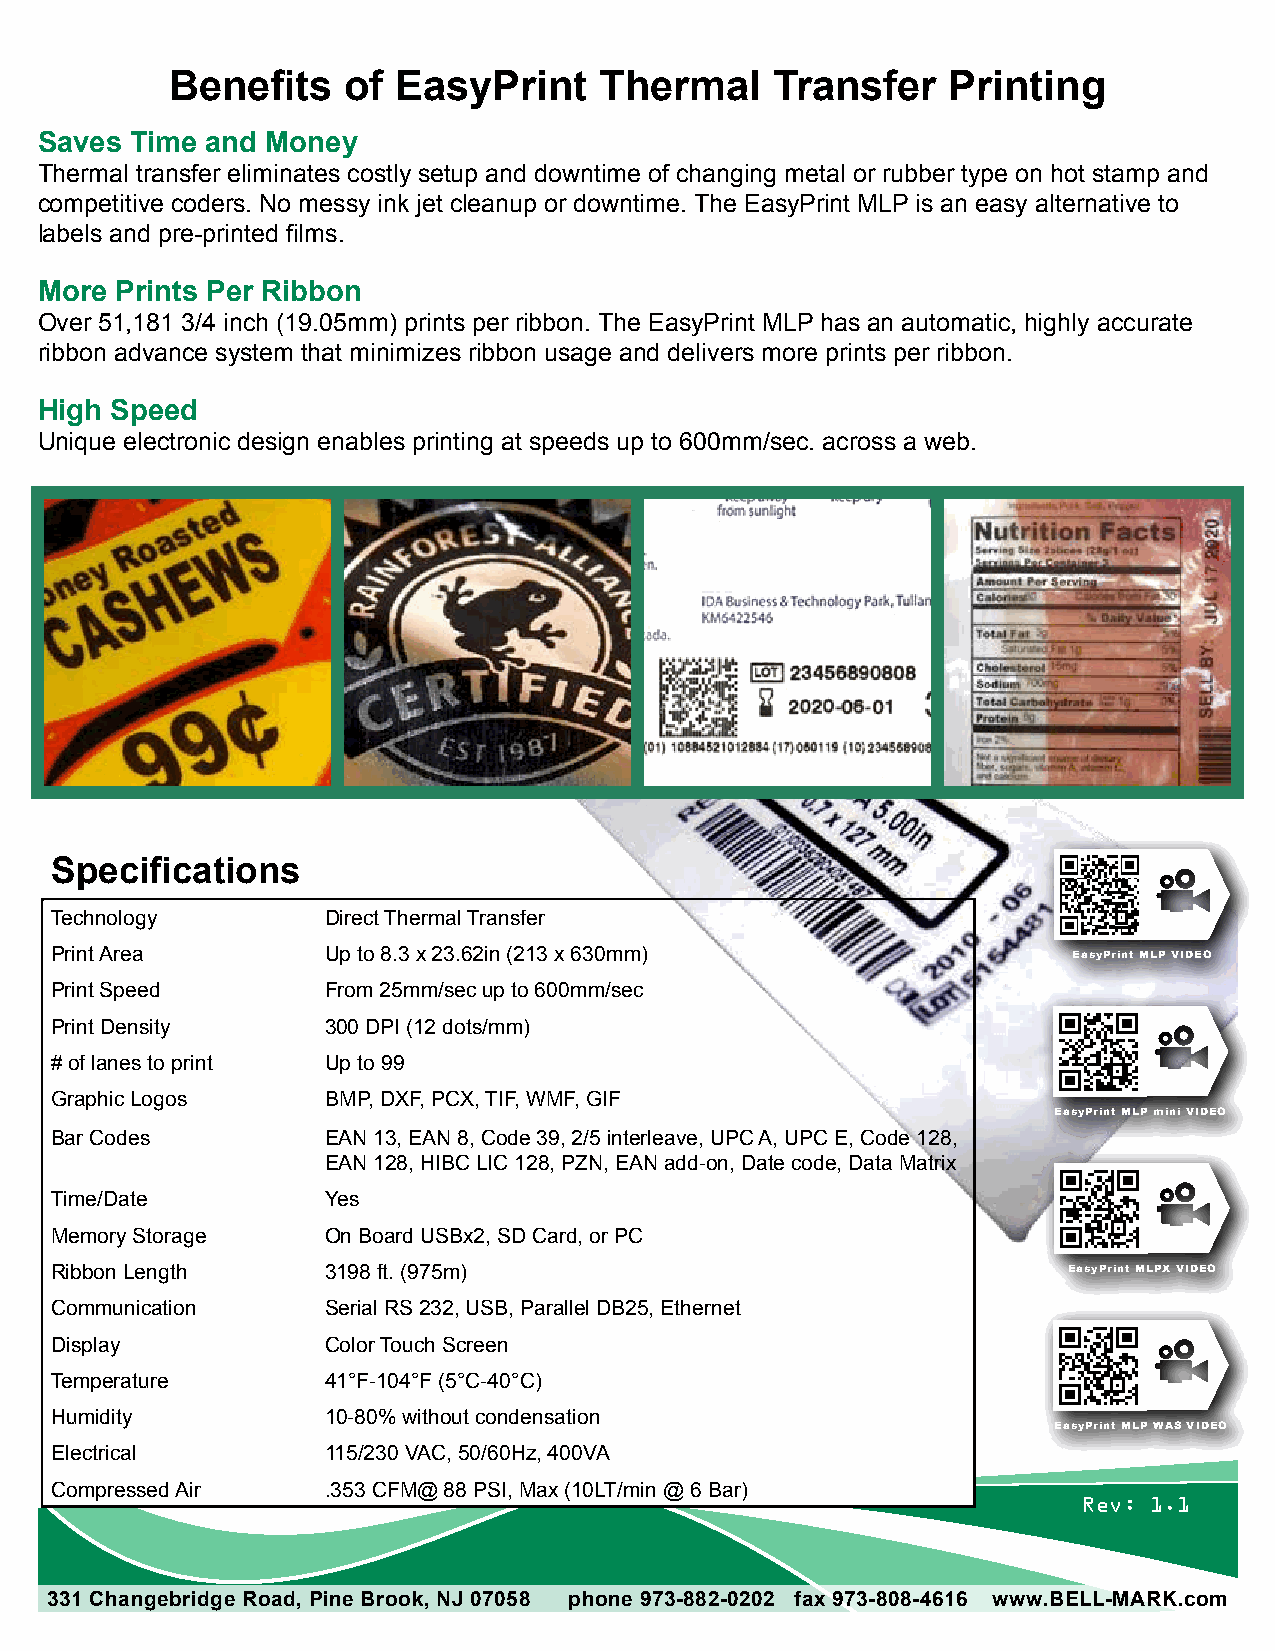
Benefits    of EasyPrint     Thermal    Transfer    Printing
 Saves  Time and Money
 Thermal transfer eliminates costly setup and downtime of changing metal or rubber type on hot stamp and
 competitive coders. No messy ink jet cleanup or downtime. The EasyPrint MLP is an easy alternative to
 labels and pre-printed films.
 More  Prints Per Ribbon
 Over 51,181 3/4 inch (19.05mm) prints per ribbon. The EasyPrint MLP has an automatic, highly accurate
 ribbon advance system that minimizes ribbon usage and delivers more prints per ribbon.
 High Speed
 Unique electronic design enables printing at speeds up to 600mm/sec. across a web.
 Specifications
 Technology         Direct Thermal Transfer
 Print Area         Up to 8.3 x 23.62in (213 x 630mm)                EasyPrint MLP VIDEO
 Print Speed        From 25mm/sec up to 600mm/sec
 Print Density      300 DPI (12 dots/mm)
 # of lanes to print Up to 99
 Graphic Logos      BMP, DXF, PCX, TIF, WMF, GIF
 EasyPrint MLP mini VIDEO
 Bar Codes          EAN 13, EAN 8, Code 39, 2/5 interleave, UPC A, UPC E, Code 128,
 EAN 128, HIBC LIC 128, PZN, EAN add-on, Date code, Data Matrix
 Time/Date          Yes
 Memory Storage     On Board USBx2, SD Card, or PC
 Ribbon Length      3198 ft. (975m)                                  EasyPrint MLPX VIDEO
 Communication      Serial RS 232, USB, Parallel DB25, Ethernet
 Display            Color Touch Screen
 Temperature        41°F-104°F (5°C-40°C)
 Humidity           10-80% without condensation
 EasyPrint MLP WAS VIDEO
 Electrical         115/230 VAC, 50/60Hz, 400VA
 Compressed Air     .353 CFM@ 88 PSI, Max (10LT/min @ 6 Bar)
 Rev: 1.1
 331 Changebridge Road, Pine Brook, NJ 07058 phone 973-882-0202 fax 973-808-4616 www.BELL-MARK.com